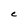
Character: C